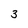
Character: 3